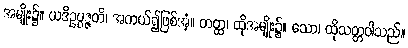
အမျိုး၌။ ယဒိဥပ္ပဇ္ဇတိ၊ အကယ်၍ဖြစ်အံ့။ တတ္ထ၊ ထိုအမျိုး၌။ သော၊ ထိုသတ္တဝါသည်။